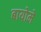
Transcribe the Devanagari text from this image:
बायोमे